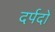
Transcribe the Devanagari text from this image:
दर्पदो